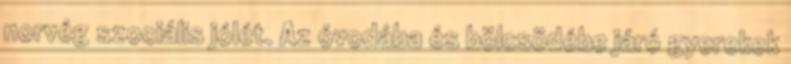
norvég szociális jólét. Az óvodába és bölcsödébe járó gyerekek